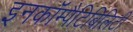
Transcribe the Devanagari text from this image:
इनकॉम्पैटिबिलिटी